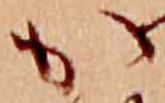
か